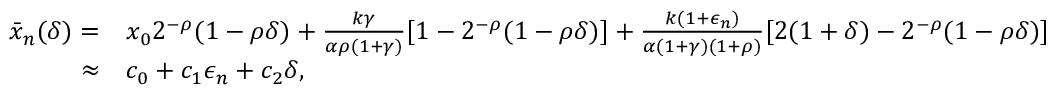
\begin{array} { r l } { \bar { x } _ { n } ( \delta ) = } & { x _ { 0 } 2 ^ { - \rho } ( 1 - \rho \delta ) + \frac { k \gamma } { \alpha \rho ( 1 + \gamma ) } [ 1 - 2 ^ { - \rho } ( 1 - \rho \delta ) ] + \frac { k ( 1 + \epsilon _ { n } ) } { \alpha ( 1 + \gamma ) ( 1 + \rho ) } [ 2 ( 1 + \delta ) - 2 ^ { - \rho } ( 1 - \rho \delta ) ] } \\ { \approx } & { c _ { 0 } + c _ { 1 } \epsilon _ { n } + c _ { 2 } \delta , } \end{array}